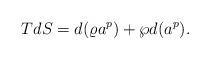
LaTeX: \begin{align*}TdS=d(\varrho a^p)+\wp d(a^p).\end{align*}